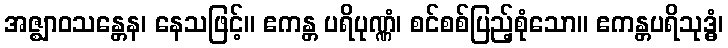
အဇ္ဈာဝသန္တေန၊ နေသဖြင့်။ ဧကန္တ ပရိပုဏ္ဏံ၊ စင်စစ်ပြည့်စုံသော။ ဧကန္တပရိသုဒ္ဓံ၊